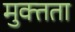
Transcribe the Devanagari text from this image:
मुक्‍तता